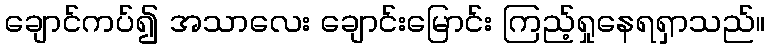
ချောင်ကပ်၍ အသာလေး ချောင်းမြောင်း ကြည့်ရှုနေရရှာသည်။